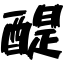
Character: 醍